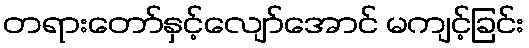
တရားတော်နှင့်လျော်အောင် မကျင့်ခြင်း